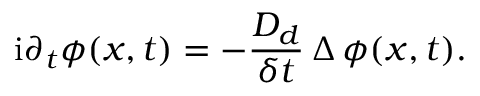
\mathrm i \partial _ { t } \phi ( x , t ) = - \frac { D _ { d } } { \delta t } \, \Delta \, \phi ( x , t ) .